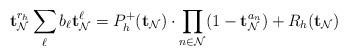
LaTeX: \begin{align*}\mathbf{t}_{\mathcal{N}}^{r_{h}} \sum_{\ell} b_{\ell} \mathbf{t}_{\mathcal{N}}^{\ell} = P^{+}_{h}(\mathbf{t}_{\mathcal{N}}) \cdot \prod_{n\in \mathcal{N}}(1-\mathbf{t}_{\mathcal{N}}^{a_{n}})+R_{h}(\mathbf{t}_{\mathcal{N}})\end{align*}